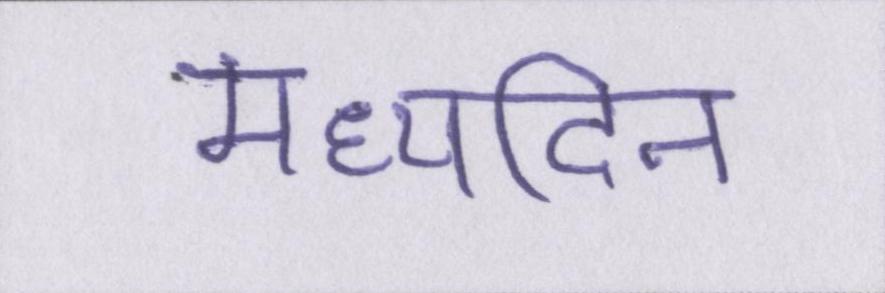
मध्यदिन